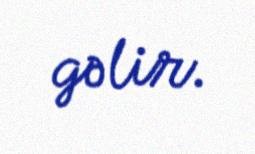
gəlir.